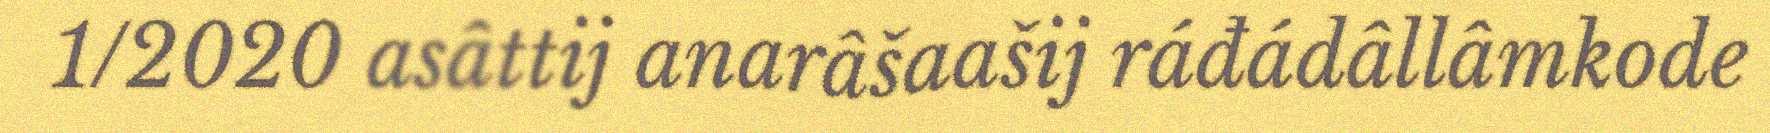
1/2020 asâttij anarâšaašij ráđádâllâmkode